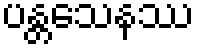
ပန္တသေနဿ